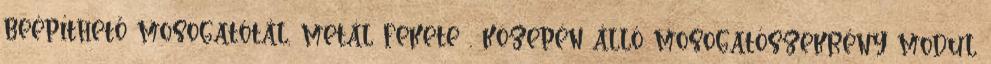
beépíthető mosogatótál, metál fekete . közepén álló mosogatószekrény modul